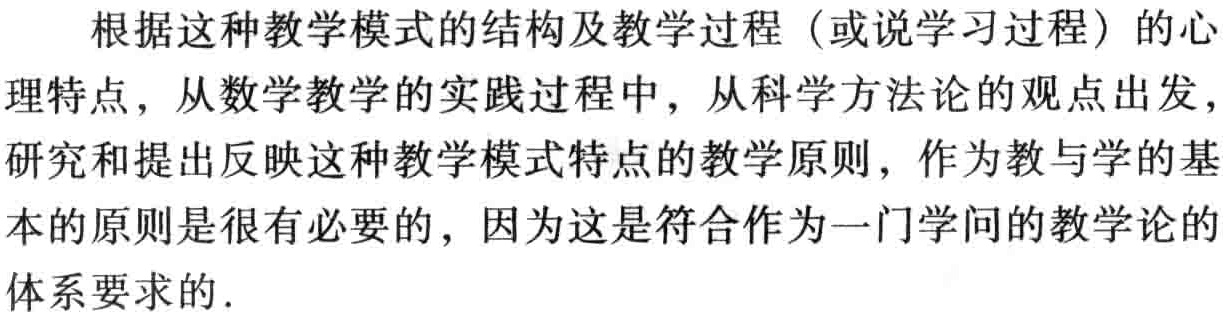
根据这种教学模式的结构及教学过程（或说学习过程）的心理特点，从数学教学的实践过程中，从科学方法论的观点出发，研究和提出反映这种教学模式特点的教学原则，作为教与学的基本的原则是很有必要的，因为这是符合作为一门学问的教学论的体系要求的.